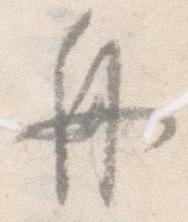
舟